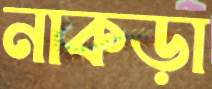
নাকড়া